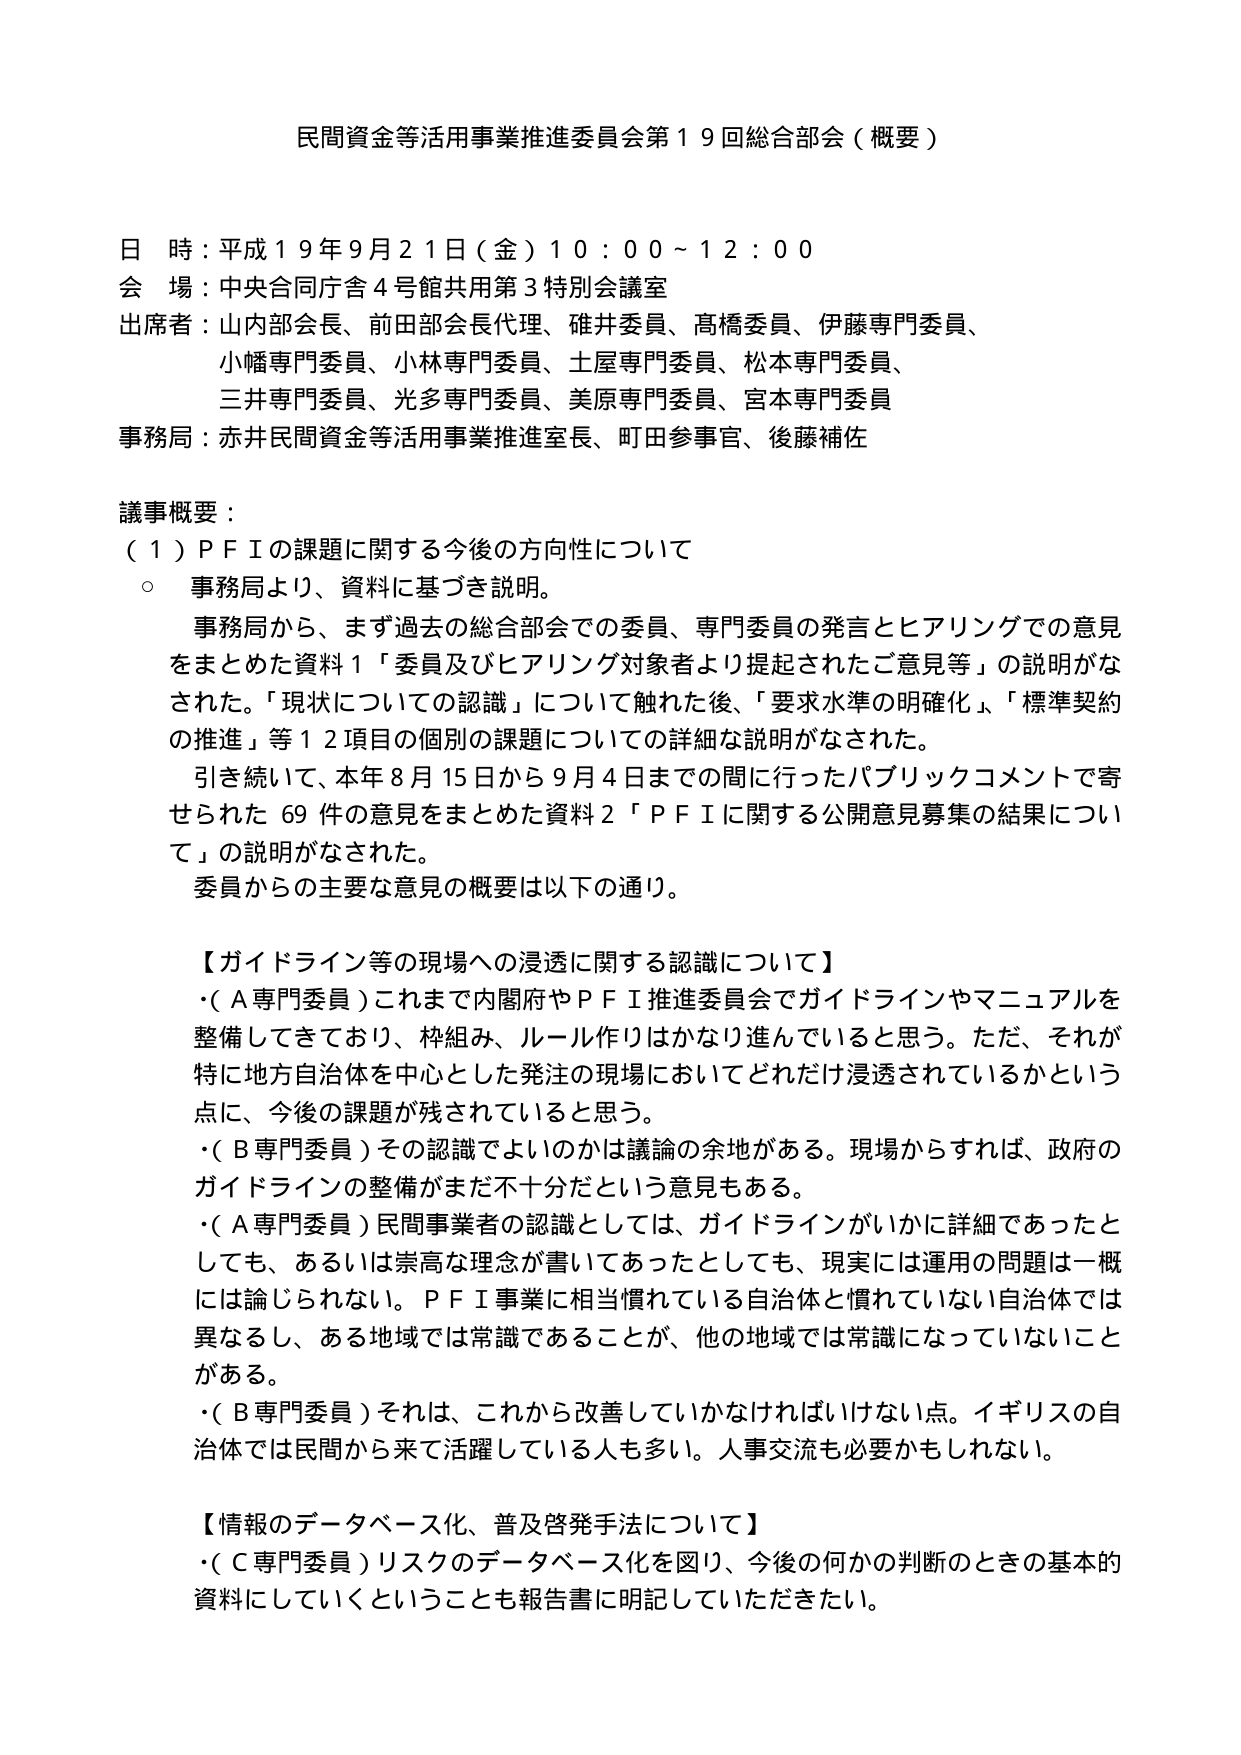
民間資金等活用事業推進委員会第１９回総合部会（概要）

日 時：平成１９年９月２１日（金）１０：００～１２：００
会 場：中央合同庁舎４号館共用第３特別会議室
出席者：山内部会長、前田部会長代理、碓井委員、高橋委員、伊藤専門委員、
　　　　小幡専門委員、小林専門委員、土屋専門委員、松本専門委員、
　　　　三井専門委員、光多専門委員、美原専門委員、宮本専門委員
事務局：赤井民間資金等活用事業推進室長、町田参事官、後藤補佐

議事概要：
（１）ＰＦＩの課題に関する今後の方針性について
　○ 事務局より、資料に基づき説明。
　　事務局から、まず過去の総合部会での委員、専門委員の発言とヒアリングでの意見
　　をまとめた資料１「委員及びヒアリング対象者より提起されたご意見等」の説明がな
　　された。「現状についての認識」について触れた後、「要求水準の明確化」、「標準契約
　　の推進」等１２項目の個別の課題についての詳細な説明がなされた。
　　引き続いて、本年８月１５日から９月４日までの間に行ったパブリックコメントで寄
　　せられた６９件の意見をまとめた資料２「ＰＦＩに関する公開意見募集の結果につい
　　て」の説明がなされた。
　　委員からの主要な意見の概要は以下の通り。

【ガイドライン等の現場への浸透に関する認識について】
・（Ａ専門委員）これまで内閣府やＰＦＩ推進委員会でガイドラインやマニュアルを
　整備してきており、枠組み、ルール作りはかなり進んでいると思う。ただ、それが
　特に地方自治体を中心とした発注の現場においてどれだけ浸透されているかという
　点に、今後の課題が残されていると思う。
・（Ｂ専門委員）その認識でよいのかは議論の余地がある。現場からすれば、政府の
　ガイドラインの整備がまだ不十分だという意見もある。
・（Ａ専門委員）民間事業者の認識としては、ガイドラインがいかに詳細であったと
　しても、あるいは崇高な理念が書いてあったとしても、現実には運用の問題は一概
　には論じられない。ＰＦＩ事業に相当慣れている自治体と慣れていない自治体では
　異なるし、ある地域では常識であることが、他の地域では常識になっていないこと
　がある。
・（Ｂ専門委員）それは、これから改善していかなければならない点。イギリスの自
　治体では民間から来て活躍している人も多い。人事交流も必要かもしれない。

【情報のデータベース化、普及啓発手法について】
・（Ｃ専門委員）リスクのデータベース化を図り、今後の何かの判断のときの基本的
　資料にしていくということも報告書に明記していただきたい。